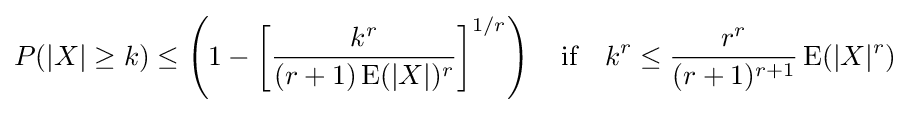
P(|X|\geq k)\leq \left(1-\left[{\frac {k^{r}}{(r+1)\operatorname {E} (|X|)^{r}}}\right]^{1/r}\right)\quad {\text{if}}\quad k^{r}\leq {\frac {r^{r}}{(r+1)^{r+1}}}\operatorname {E} (|X|^{r})